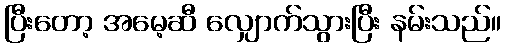
ပြီးတော့ အမေ့ဆီ လျှောက်သွားပြီး နမ်းသည်။